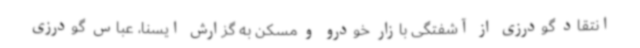
انتقاد گودرزی از آشفتگی بازار خودرو و مسکن به گزارش ایسنا، عباس گودرزی